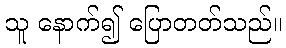
သူ နောက်၍ ပြောတတ်သည်။